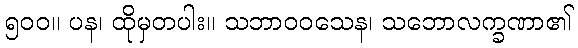
၅၀၀။ ပန၊ ထိုမှတပါး။ သဘာဝဝသေန၊ သဘောလက္ခဏာ၏